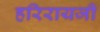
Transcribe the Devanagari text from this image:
हरिरायजी